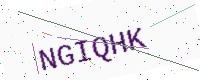
Text: NGIQHK